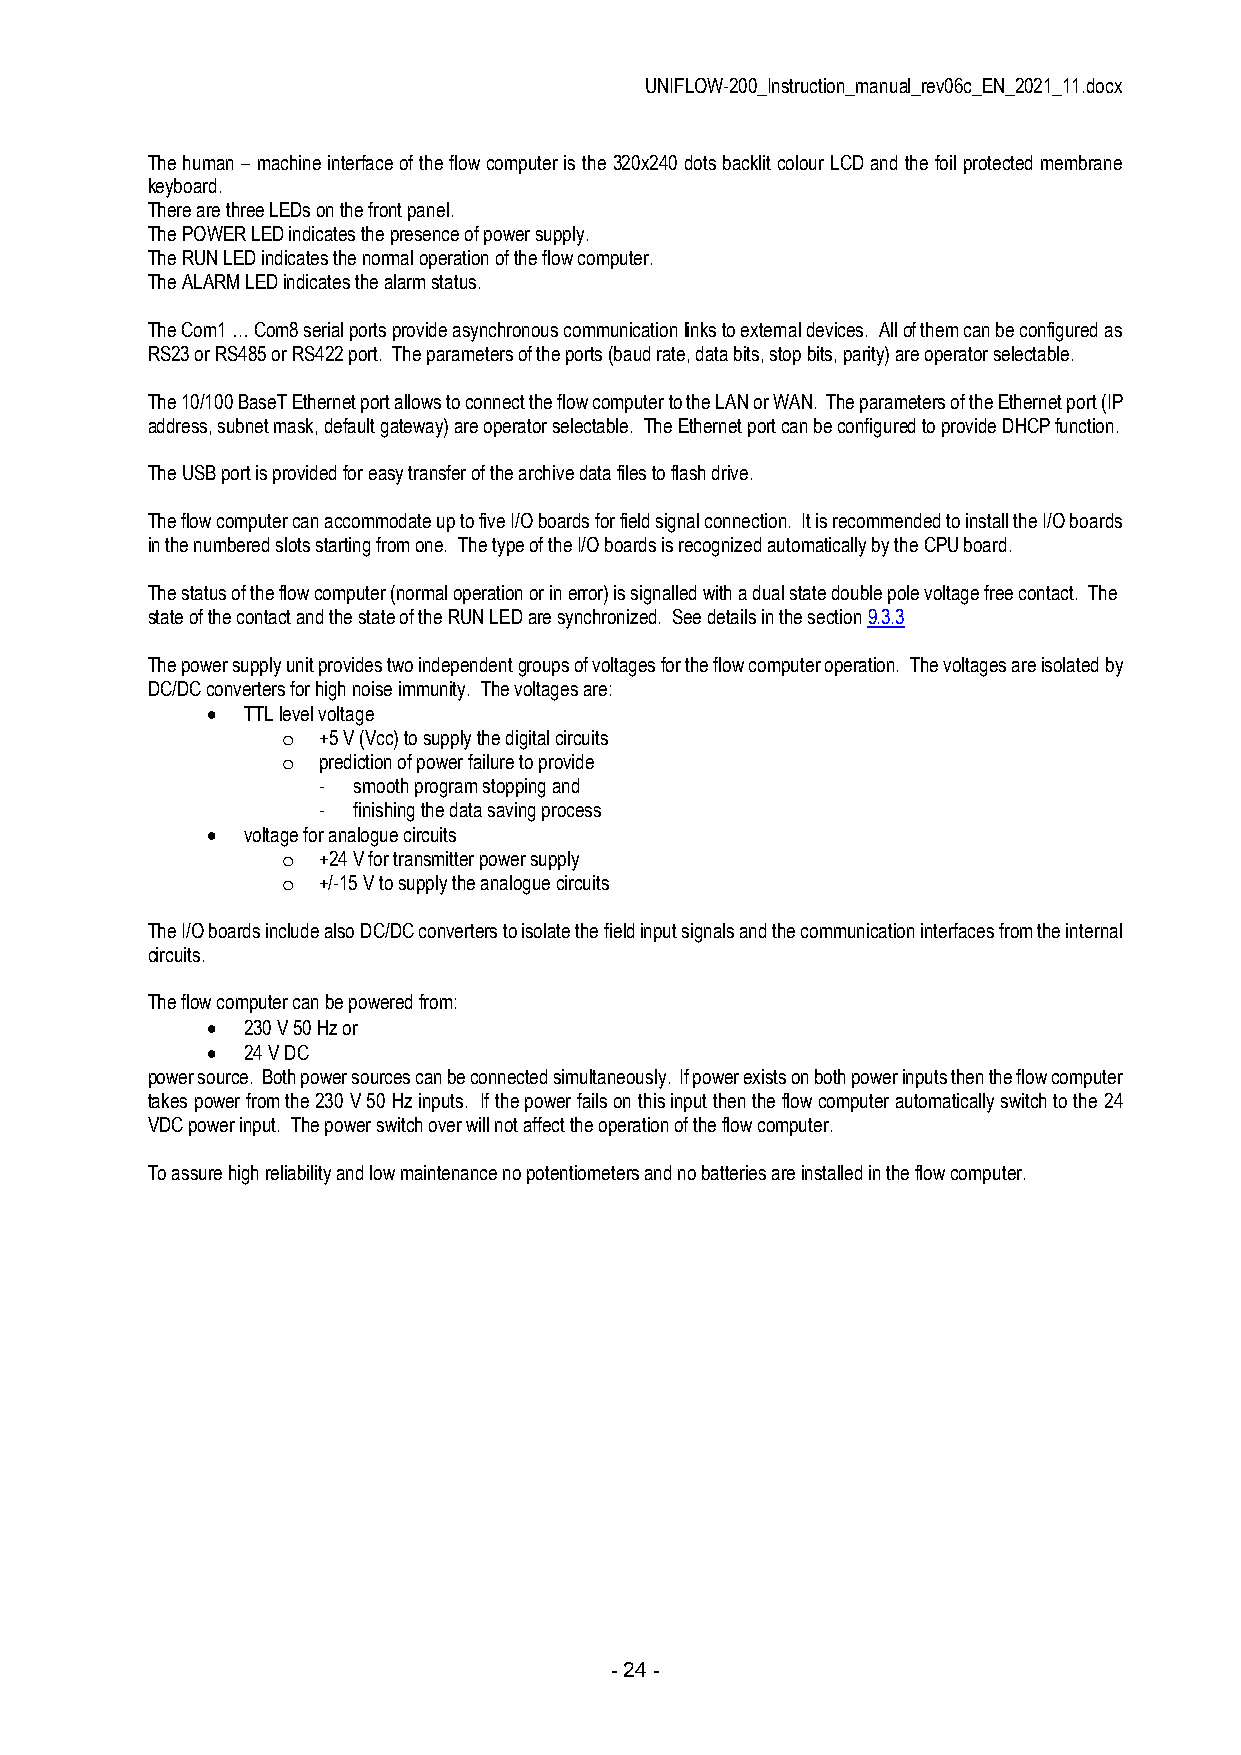
UNIFLOW-200_Instruction_manual_rev06c_EN_2021_11.docx
 The human – machine interface of the flow computer is the 320x240 dots backlit colour LCD and the foil protected membrane
 keyboard.
 There are three LEDs on the front panel.
 The POWER LED indicates the presence of power supply.
 The RUN LED indicates the normal operation of the flow computer.
 The ALARM LED indicates the alarm status.
 The Com1 … Com8 serial ports provide asynchronous communication links to external devices. All of them can be configured as
 RS23 or RS485 or RS422 port. The parameters of the ports (baud rate, data bits, stop bits, parity) are operator selectable.
 The 10/100 BaseT Ethernet port allows to connect the flow computer to the LAN or WAN. The parameters of the Ethernet port (IP
 address, subnet mask, default gateway) are operator selectable. The Ethernet port can be configured to provide DHCP function.
 The USB port is provided for easy transfer of the archive data files to flash drive.
 The flow computer can accommodate up to five I/O boards for field signal connection. It is recommended to install the I/O boards
 in the numbered slots starting from one. The type of the I/O boards is recognized automatically by the CPU board.
 The status of the flow computer (normal operation or in error) is signalled with a dual state double pole voltage free contact. The
 state of the contact and the state of the RUN LED are synchronized. See details in the section 9.3.3
 The power supply unit provides two independent groups of voltages for the flow computer operation. The voltages are isolated by
 DC/DC converters for high noise immunity. The voltages are:
  TTL level voltage
 o +5 V (Vcc) to supply the digital circuits
 o prediction of power failure to provide
 - smooth program stopping and
 - finishing the data saving process
  voltage for analogue circuits
 o +24 V for transmitter power supply
 o +/-15 V to supply the analogue circuits
 The I/O boards include also DC/DC converters to isolate the field input signals and the communication interfaces from the internal
 circuits.
 The flow computer can be powered from:
  230 V 50 Hz or
  24 V DC
 power source. Both power sources can be connected simultaneously. If power exists on both power inputs then the flow computer
 takes power from the 230 V 50 Hz inputs. If the power fails on this input then the flow computer automatically switch to the 24
 VDC power input. The power switch over will not affect the operation of the flow computer.
 To assure high reliability and low maintenance no potentiometers and no batteries are installed in the flow computer.
 - 24 -